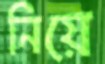
নিয়ে